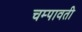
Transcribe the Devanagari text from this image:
चम्पावती